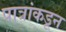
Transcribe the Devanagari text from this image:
पात्रांकडून